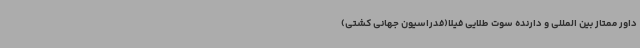
داور ممتاز بین المللی و دارنده سوت طلایی فیلا(فدراسیون جهانی کشتی)